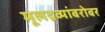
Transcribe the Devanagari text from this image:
मूलद्रव्यांबरोबर